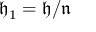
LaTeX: { \mathfrak { h } } _ { 1 } = { \mathfrak { h } } / { \mathfrak { n } }